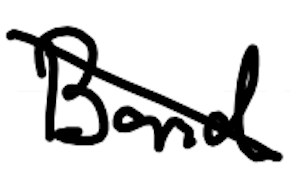
Text: Band
Cross-out: diagonal
Writing tool: digital_black